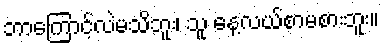
ဘာကြောင့်လဲမသိဘူး၊ သူ နေ့လယ်စာမစားဘူး။